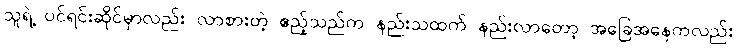
သူရဲ့ ပင်ရင်းဆိုင်မှာလည်း လာစားတဲ့ ဧည့်သည်က နည်းသထက် နည်းလာတော့ အခြေအနေကလည်း